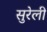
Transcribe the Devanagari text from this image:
सुरेली